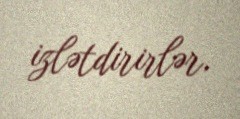
izlətdirirlər.